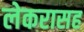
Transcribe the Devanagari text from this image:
लेकरासह